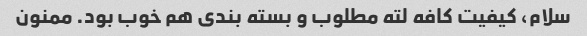
سلام، کیفیت کافه لته مطلوب و بسته بندی هم خوب بود. ممنون